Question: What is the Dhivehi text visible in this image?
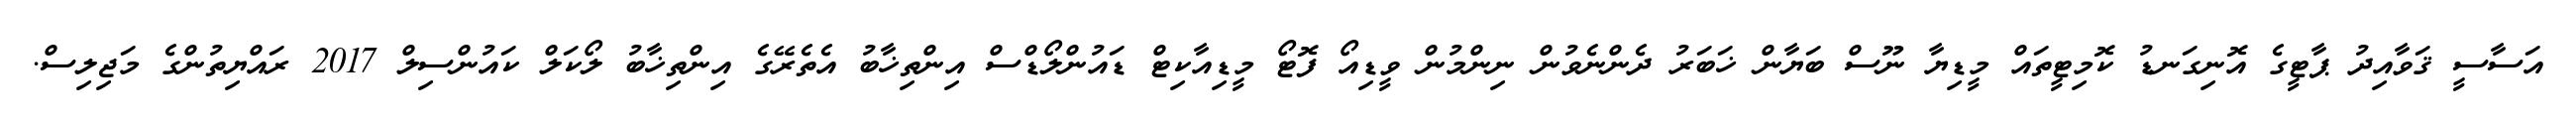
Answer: އަސާސީ ޤަވާއިދު ޕާޓީގެ އޮނިގަނޑު ކޮމިޓީތައް މީޑިޔާ ނޫސް ބަޔާން ޚަބަރު ދެންނެވުން ނިންމުން ވީޑިއޯ ފޮޓޯ މީޑިއާކިޓް ޑައުންލޯޑްސް އިންތިޚާބު އެތެރޭގެ އިންތިޚާބު ލޯކަލް ކައުންސިލް 2017 ރައްޔިތުންގެ މަޖިލިސް.